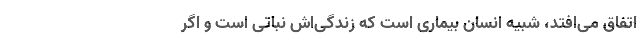
اتفاق می‌افتد، شبیه انسان بیماری است که زندگی‌اش نباتی است و اگر